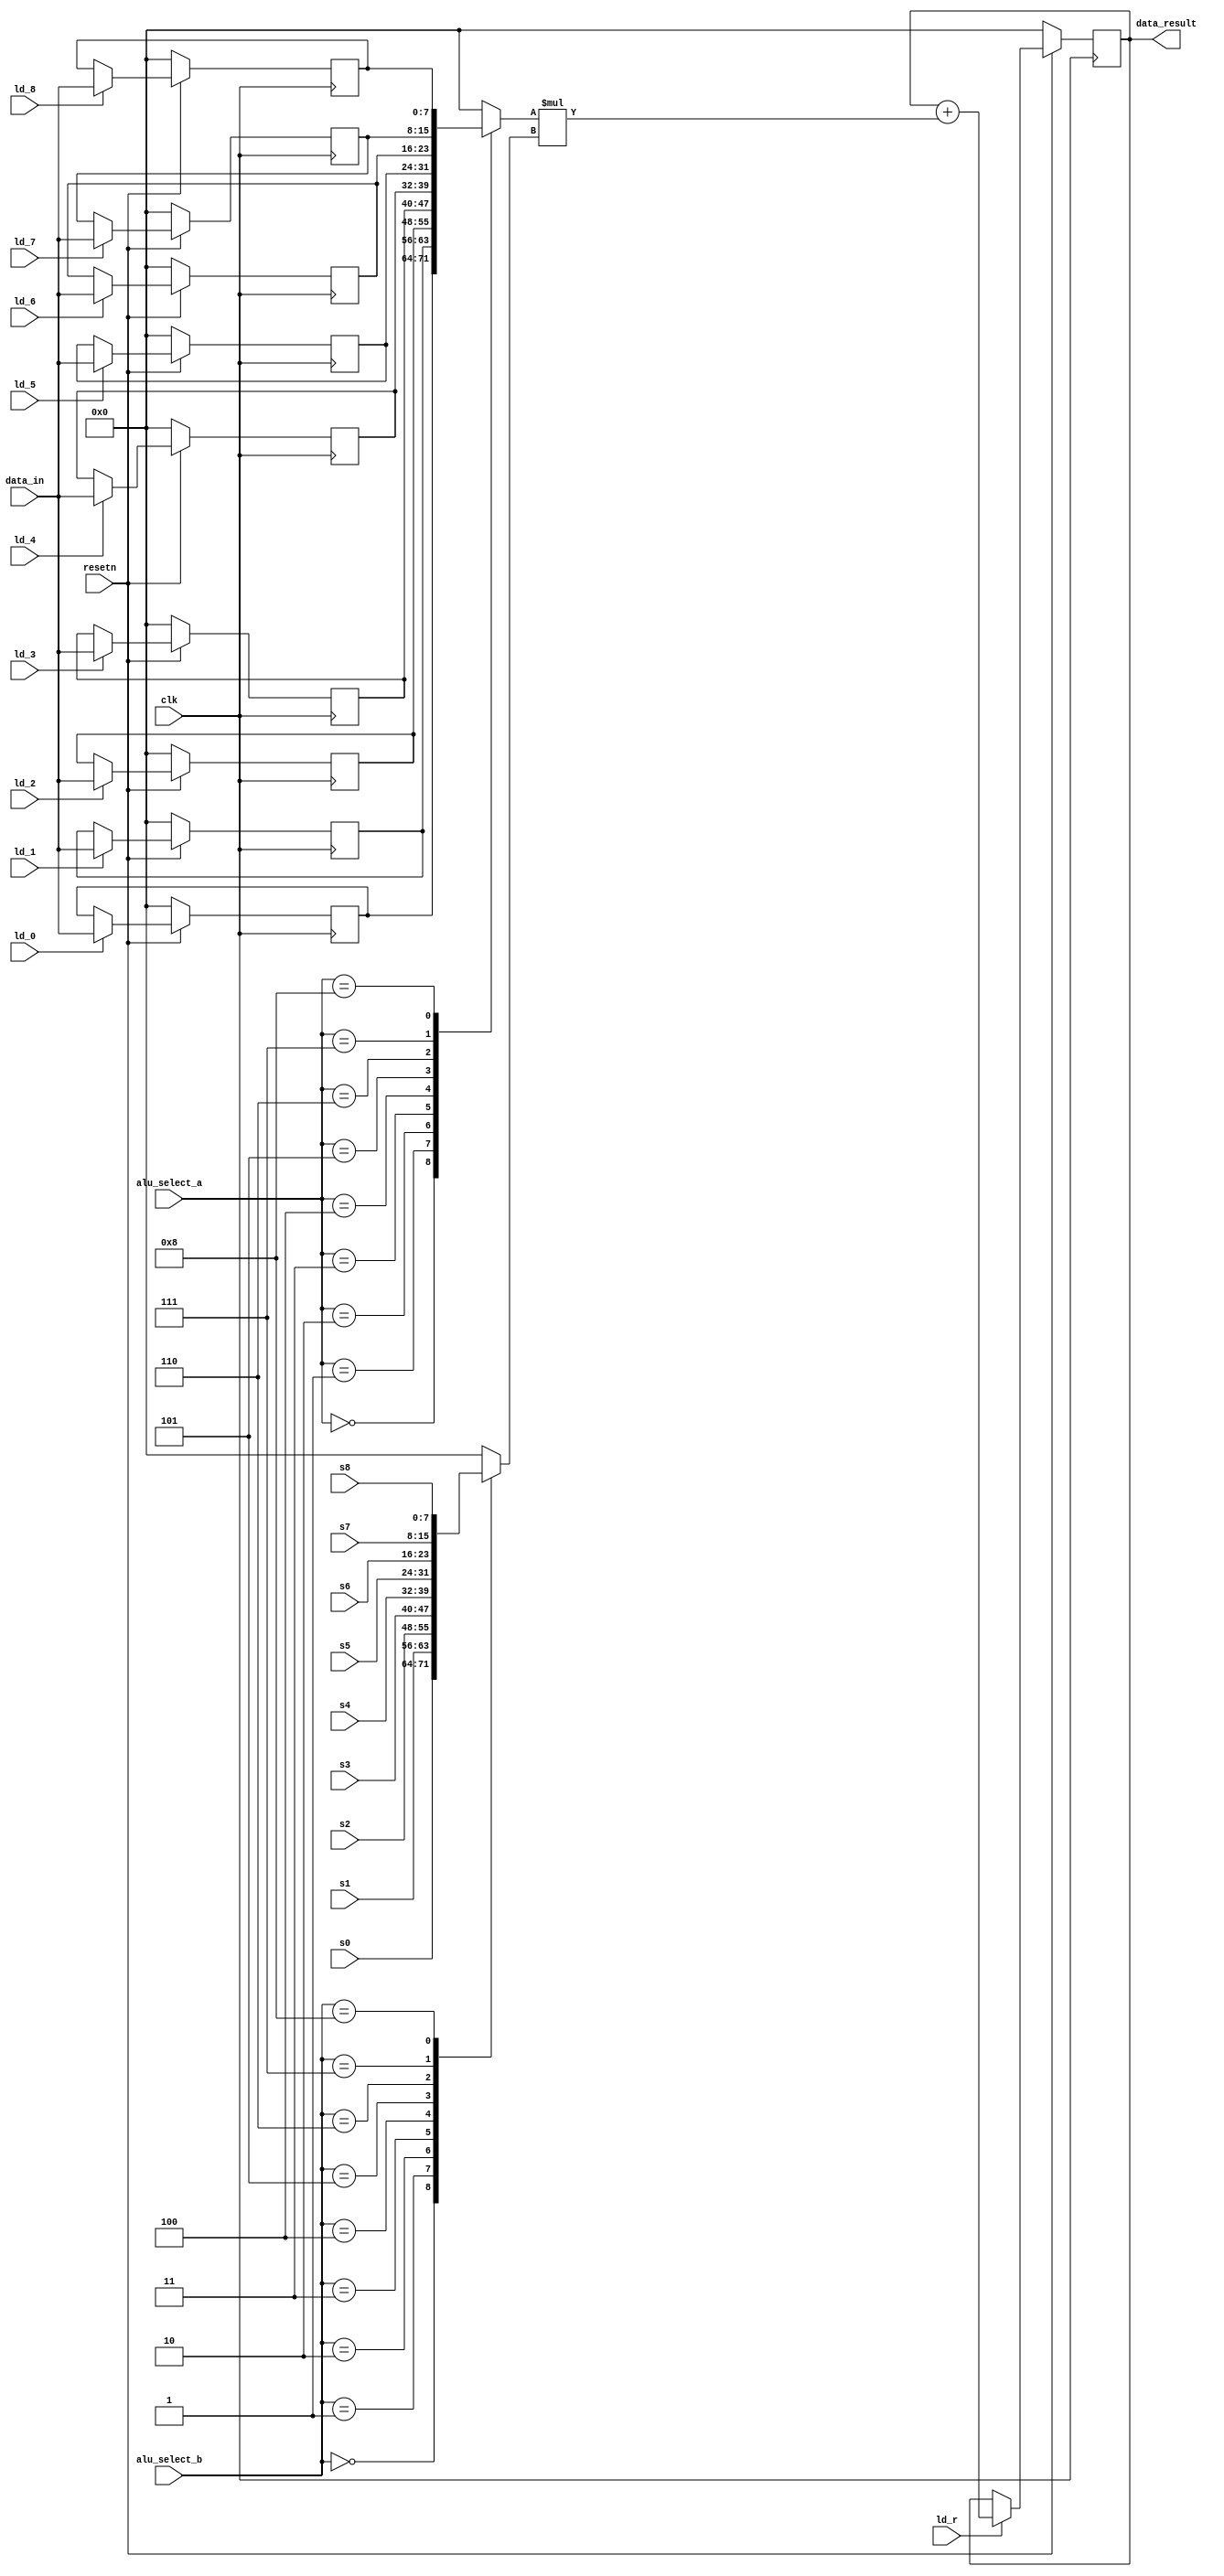
module datapath(
    input clk,
    input resetn,
    input [7:0] data_in,					// TODO: isn't RGB 10 bit..?
	 
    input ld_0, ld_1, ld_2,
			 ld_3, ld_4, ld_5,
			 ld_6, ld_7, ld_8,
    input ld_r,
	 
	 input [7:0] s0, s1, s2,				// registers for convolution matrix
					 s3, s4, s5,
					 s6, s7, s8,				// see above TODO
	 
    input [3:0] alu_select_a, alu_select_b,
    output reg [7:0] data_result			// see above TODO
    );
    
    // input registers
    reg [7:0] r0, r1, r2,
				  r3, r4, r5,
				  r6, r7, r8;
				  
	 // BIG TODO: registers for 

    // output of the alu
    reg [7:0] alu_out;
    // alu input muxes
    reg [7:0] alu_a, alu_b;
    
    // Registers with respective input logic
    always @ (posedge clk) begin
        if (!resetn) begin
            r0 <= 8'd0; 
            r1 <= 8'd0; 
            r2 <= 8'd0; 
            r3 <= 8'd0; 
				r4 <= 8'd0; 
				r5 <= 8'd0; 
				r6 <= 8'd0; 
				r7 <= 8'd0; 
				r8 <= 8'd0; 
        end else begin
            if (ld_0)
                r0 <= data_in; 
            if (ld_1)
                r1 <= data_in;
            if (ld_2)
                r2 <= data_in;
				if (ld_3)
                r3 <= data_in;
				if (ld_4)
                r4 <= data_in;
				if (ld_5)
                r5 <= data_in;
				if (ld_6)
                r6 <= data_in;
				if (ld_7)
                r7 <= data_in;
				if (ld_8)
                r8 <= data_in;
        end
    end
 
    // Output result register
    always @ (posedge clk) begin
        if (!resetn) begin
            data_result <= 8'd0; 
        end
        else begin
            if(ld_r)
                data_result <= data_result + alu_a * alu_b;
				else
					 data_result <= data_result;
		  end
    end

    // The ALU input multiplexers
    always @(*)
    begin
        case (alu_select_a)
            4'd0: alu_a = r0;
            4'd1: alu_a = r1;
            4'd2: alu_a = r2;
            4'd3: alu_a = r3;
			   4'd4: alu_a = r4;
			   4'd5: alu_a = r5;
				4'd6: alu_a = r6;
				4'd7: alu_a = r7;
				4'd8: alu_a = r8;
            default: alu_a = 8'd0;
        endcase

        case (alu_select_b)
            4'd0: alu_b = s0;
            4'd1: alu_b = s1;
            4'd2: alu_b = s2;
            4'd3: alu_b = s3;
			   4'd4: alu_b = s4;
			   4'd5: alu_b = s5;
				4'd6: alu_b = s6;
				4'd7: alu_b = s7;
				4'd8: alu_b = s8;
            default: alu_b = 8'd0;
        endcase
    end
    
endmodule